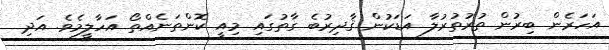
އަހަރެން ބިރުން ތުރުތުރުލާ އަޑަކުން ޤާދިރުބެ ގާތުގައި މިއީ ކޮންތަނެއްތޯ އަހާލީމެވެ. އަދި